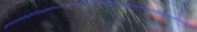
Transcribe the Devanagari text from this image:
बुरूंडीकोमोरोज़जिबूतीईरीट्रियाइथियोपियाकीनियामैडागास्करमलावीमारीशसमोजाम्बिकरवांडासेशल्ससोमालियातंजानियायुगांडाजाम्बियाज़िम्बाबवे